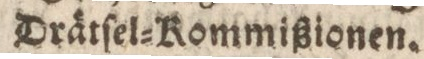
Drätſel=Kommißionen.